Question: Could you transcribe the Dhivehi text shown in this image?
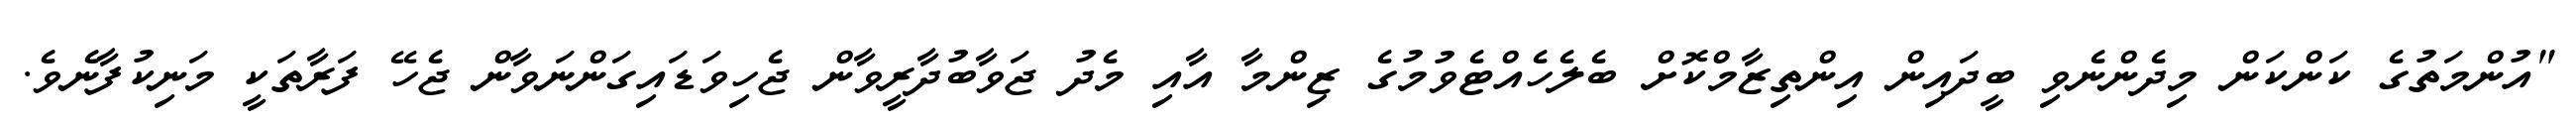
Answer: "އުންމަތުގެ ކަންކަން މިދެންނެވި ބީދައިން އިންތިޒާމްކޮށް ބެލެހެއްޓެވުމުގެ ޒިންމާ އާއި މެދު ޖަވާބުދާރީވާން ޖެހިވަޑައިގަންނަވާން ޖެހޭ ފަރާތަކީ މަނިކުފާނެވެ.